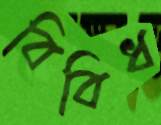
বিবিধ